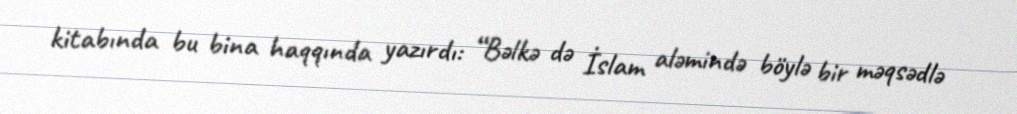
kitabında bu bina haqqında yazırdı: “Bəlkə də İslam aləmində böylə bir məqsədlə